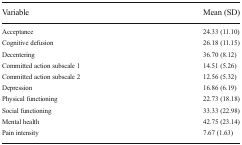
| Variable | Mean (SD) |
 | --- | --- |
 | Acceptance | 24.33 (11. 01) |
 | Cognitive defusion | 26.18 (11.15) |
 | Decentering | 36.70 (8.12) |
 | Committed action subscale 1 | 14.51 (5.26) |
 | Committed action subscale 2 | 12.56 (5.32) |
 | Depression | 16.86 (6.19) |
 | Physical functioning | 22.73 (18.18) |
 | Social functioning | 33.33 (22.98) |
 | Mental health | 42.75 (23.14) |
 | Pain intensity | 7.67 (1.63) |